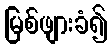
မြစ်ဖျားခံ၍